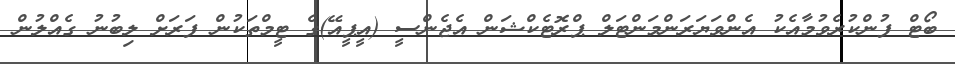
ބޯޓް ފުންކުރެވުމާއެކު އެންވަޔަރަންމަންޓަލް ޕްރޮޓެކްޝަން އެޖެންސީ (އީޕީއޭ)ގެ ޓީމްތަކުން ފަރަށް ލިބުނު ގެއްލުން